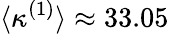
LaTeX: \langle\kappa^{(1)}\rangle\approx 33.05